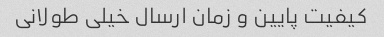
کیفیت پایین و زمان ارسال خیلی طولانی